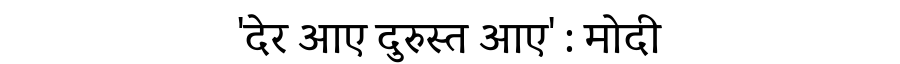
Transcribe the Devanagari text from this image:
'देर आए दुरुस्त आए' : मोदी